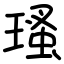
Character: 瑵